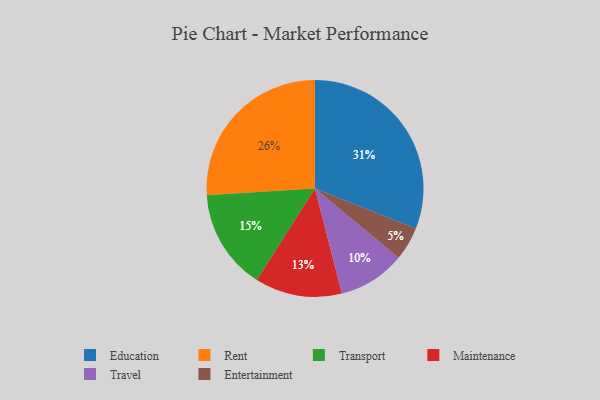
{"axis": {"x": "Category", "y": "Percentage"}, "legend": ["Education", "Entertainment", "Maintenance", "Rent", "Transport", "Travel"], "data": [{"x": "Entertainment", "y": 5, "type": "Entertainment"}, {"x": "Rent", "y": 26, "type": "Rent"}, {"x": "Maintenance", "y": 13, "type": "Maintenance"}, {"x": "Education", "y": 31, "type": "Education"}, {"x": "Transport", "y": 15, "type": "Transport"}, {"x": "Travel", "y": 10, "type": "Travel"}]}